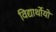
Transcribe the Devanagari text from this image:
विद्यार्थोयों